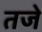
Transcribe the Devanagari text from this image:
तजे